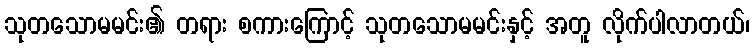
သုတသောမမင်း၏ တရား စကားကြောင့် သုတသောမမင်းနှင့် အတူ လိုက်ပါလာတယ်၊